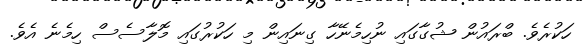
ހަކުރެވެ. ބްރައުން ޝުގާގައި ނުހިމެނޭހާ ގިނައިން މި ހަކުރުގައި މޮލާސެސް ހިމެނެ އެވެ.